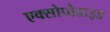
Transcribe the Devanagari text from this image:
एक्सोपोडाइड